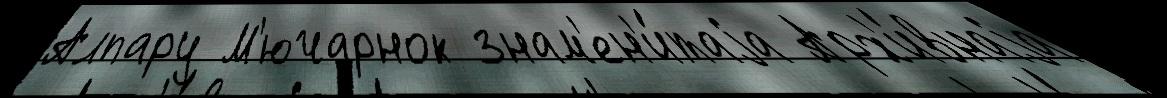
Алпару М'ючарнок знам'ен'и́таjа Арх'и́внаjа